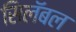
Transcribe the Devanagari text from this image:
सिलॅबल